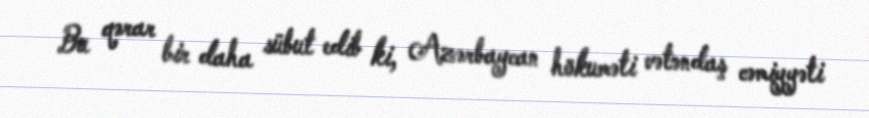
Bu qərar bir daha sübut edib ki, Azərbaycan hökuməti vətəndaş cəmiyyəti